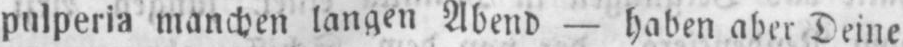
pulperia manchen langen Abend - haben aber Deine